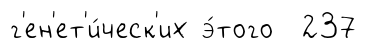
г'ен'ет'и́ческ'их э́того 237